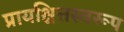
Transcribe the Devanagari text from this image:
प्रायश्चित्तस्वरूप